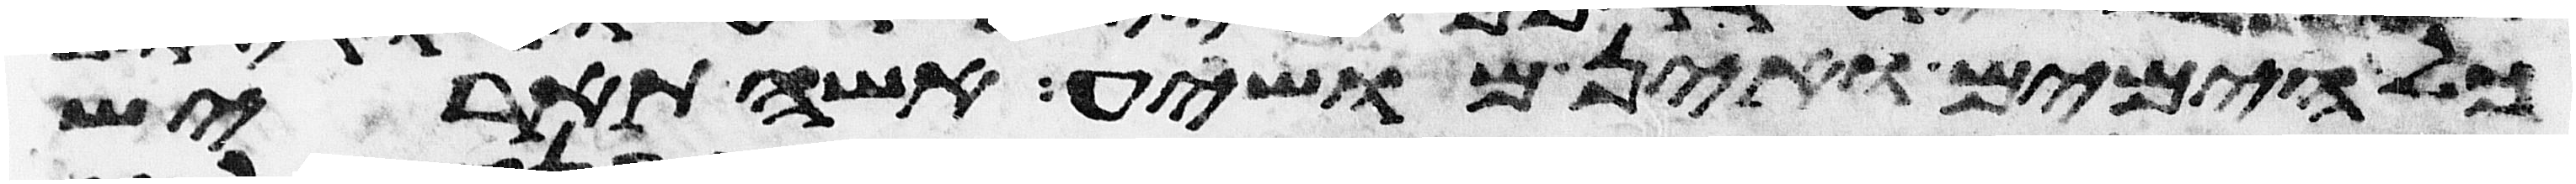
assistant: כל הימים ואין מושיע אשה תארש